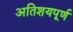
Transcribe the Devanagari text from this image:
अतिशयपूर्ण